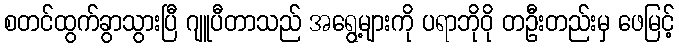
စတင်ထွက်ခွာသွားပြီ ဂျူပီတာသည် အရွေ့များကို ပရာဘိုဝို တဦးတည်းမှ ဖေမြင့်